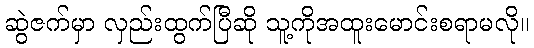
ဆွဲဇက်မှာ လှည်းထွက်ပြီဆို သူ့ကိုအထူးမောင်းစရာမလို။